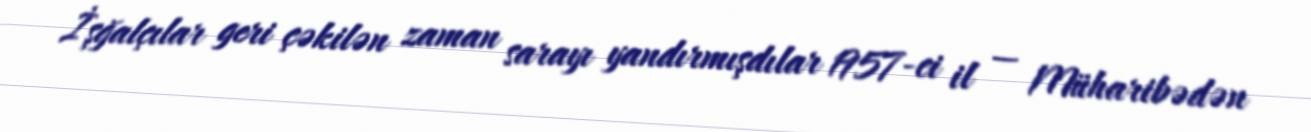
İşğalçılar geri çəkilən zaman sarayı yandırmışdılar 1957-ci il — Müharibədən